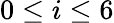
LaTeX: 0\leq i\leq 6